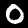
Label: 0